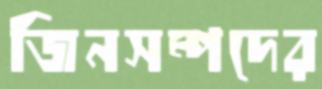
জিনসম্পদের